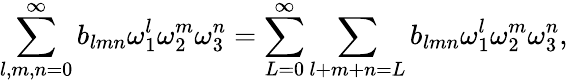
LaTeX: \sum_{l,m,n=0}^{\infty}b_{lmn}{\omega}_{1}^{l}{\omega}_{2}^{m}{\omega}_{3}^{n}=\sum_{L=0}^{\infty}\sum_{l+m+n=L}b_{lmn}{\omega}_{1}^{l}{\omega}_{2}^{m}{\omega}_{3}^{n},